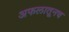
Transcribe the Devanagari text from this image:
अफलातूनच